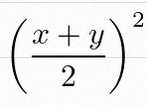
\left(\frac{x+y}{2}\right)^2